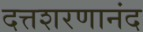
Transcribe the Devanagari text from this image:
दत्तशरणानंद